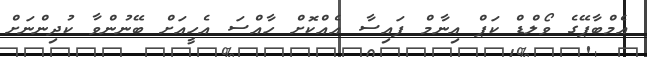
އެމްބާޕޭގެ ވޯލްޑް ކަޕް އިނާމް ފައިސާ އެއްކޮށް ހާއްސަ އެހީއަށް ބޭނުންވާ ކުދިންނަށް